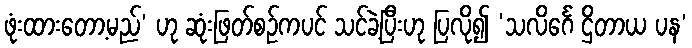
ဖုံးထားတော့မည်’ ဟု ဆုံးဖြတ်စဉ်ကပင် သင်ခဲ့ပြီးဟု ပြလို၍ ‘သလိင်္ဂေ ဌိတာယ ပန’